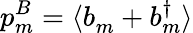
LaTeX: p_{m}^{B}=\langle b_{m}^{\phantom{\dagger}}+b_{m}^{\dagger}\rangle